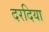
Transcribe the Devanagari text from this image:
दरदिया